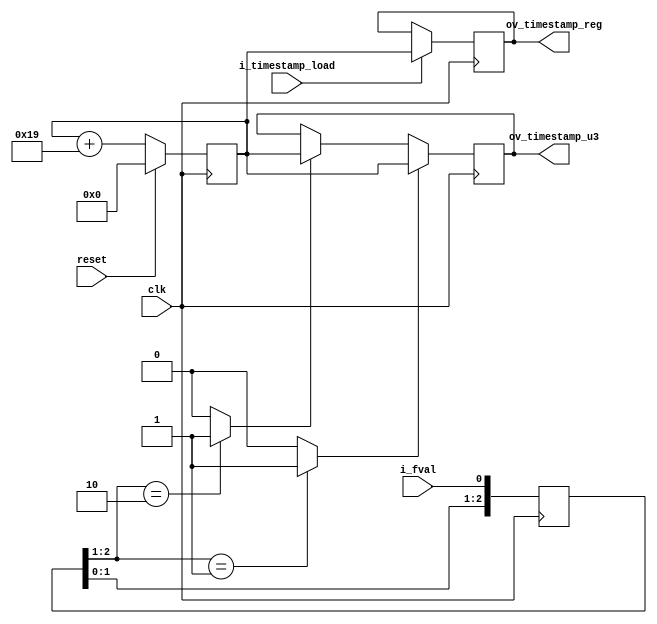
//-------------------------------------------------------------------------------------------------
//  --    : , 2010 -2015.
//  --      .
//  --          : FPGA
//  --        : timestamp
//  --        : 
//-------------------------------------------------------------------------------------------------
//
//  --  :
//
//  --          :| 				:|  
//-------------------------------------------------------------------------------------------------
//  --        :| 2014/12/12 16:01:50	:|  
//-------------------------------------------------------------------------------------------------
//
//  --      :
//              1)  : ... ...
//
//              2)  : ... ...
//
//              3)  : ... ...
//
//-------------------------------------------------------------------------------------------------
///
`timescale 1ns/1ps
//-------------------------------------------------------------------------------------------------

module timestamp # (
	parameter		LONG_REG_WD				= 64		//
	)
	(
	input							clk					,	//40MHz
	input							reset				,	//40MHz
	input							i_fval				,	//clk_pixov_timestamp_u3
	output	[LONG_REG_WD-1:0]		ov_timestamp_u3		,	//clk_osc_bufgu3v format
	input							i_timestamp_load	,	//clk_osc_bufgov_timestamp_reg
	output	[LONG_REG_WD-1:0]		ov_timestamp_reg		//clk_osc_bufg
	);

	//	ref signals

	reg		[LONG_REG_WD-1:0]		timestamp_cnt	= {LONG_REG_WD{1'b0}};
	reg		[LONG_REG_WD-1:0]		timestamp_reg	= {LONG_REG_WD{1'b0}};
	reg		[LONG_REG_WD-1:0]		timestamp_u3	= {LONG_REG_WD{1'b0}};


	reg		[2:0]		fval_shift	= 3'b000;
	wire				fval_rise		;
	wire				fval_fall		;

	//	ref ARCHITECTURE


	//  -------------------------------------------------------------------------------------
	//	fval
	//  -------------------------------------------------------------------------------------
	always @ (posedge clk) begin
		fval_shift	<= {fval_shift[1:0],i_fval};
	end
	assign	fval_rise	= (fval_shift[2:1]==2'b01) ? 1'b1 : 1'b0;
	assign	fval_fall	= (fval_shift[2:1]==2'b10) ? 1'b1 : 1'b0;

	//  -------------------------------------------------------------------------------------
	//	
	//	1.DCM72 lock 
	//	2.40MHz25nsns25(0x19)
	//  -------------------------------------------------------------------------------------
	always @ (posedge clk) begin
		if(reset) begin
			timestamp_cnt	<= {LONG_REG_WD{1'b0}};
		end
		else begin
			timestamp_cnt	<= timestamp_cnt + 5'h19;
		end
	end

	//  -------------------------------------------------------------------------------------
	//	timestamp_reg
	//	1.i_timestamp_loadi_timestamp_load=1
	//  -------------------------------------------------------------------------------------
	always @ (posedge clk) begin
		if(i_timestamp_load) begin
			timestamp_reg	<= timestamp_cnt;
		end
	end
	assign	ov_timestamp_reg	= timestamp_reg;

	//  -------------------------------------------------------------------------------------
	//	timestamp_u3
	//	1.fval
	//	2.fval
	//  -------------------------------------------------------------------------------------
	always @ (posedge clk) begin
		if(fval_rise) begin
			timestamp_u3	<= timestamp_cnt;
		end
		else if(fval_fall) begin
			timestamp_u3	<= timestamp_cnt;
		end
	end
	assign	ov_timestamp_u3	= timestamp_u3;





endmodule